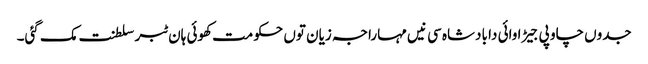
جدوں چاو پی جیڑا وائی دا بادشاہ سی نیں مہاراجہ زیان توں حکومت کھوئی ہان ٹبر سلطنت مک گئی۔